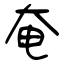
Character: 奄